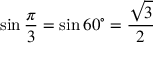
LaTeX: \sin { \frac { \pi } { 3 } } = \sin 6 0 ^ { \circ } = { \frac { \sqrt { 3 } } { 2 } }